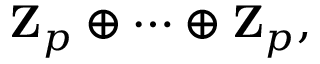
\mathbf { Z } _ { p } \oplus \cdots \oplus \mathbf { Z } _ { p } ,